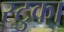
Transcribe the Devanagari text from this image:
स्टुका